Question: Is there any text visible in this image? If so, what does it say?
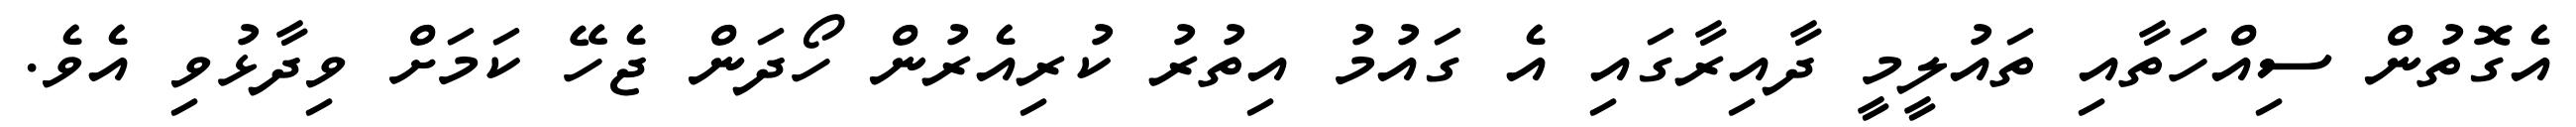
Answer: އެގޮތުން ސިއްހަތާއި ތައުލީމީ ދާއިރާގައި އެ ގައުމު އިތުރު ކުރިއެރުން ހޯދަން ޖެހޭ ކަމަށް ވިދާޅުވި އެވެ.